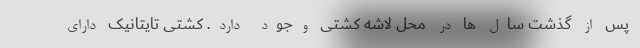
پس از گذشت سال ها در محل لاشه کشتی وجود دارد. کشتی تایتانیک دارای